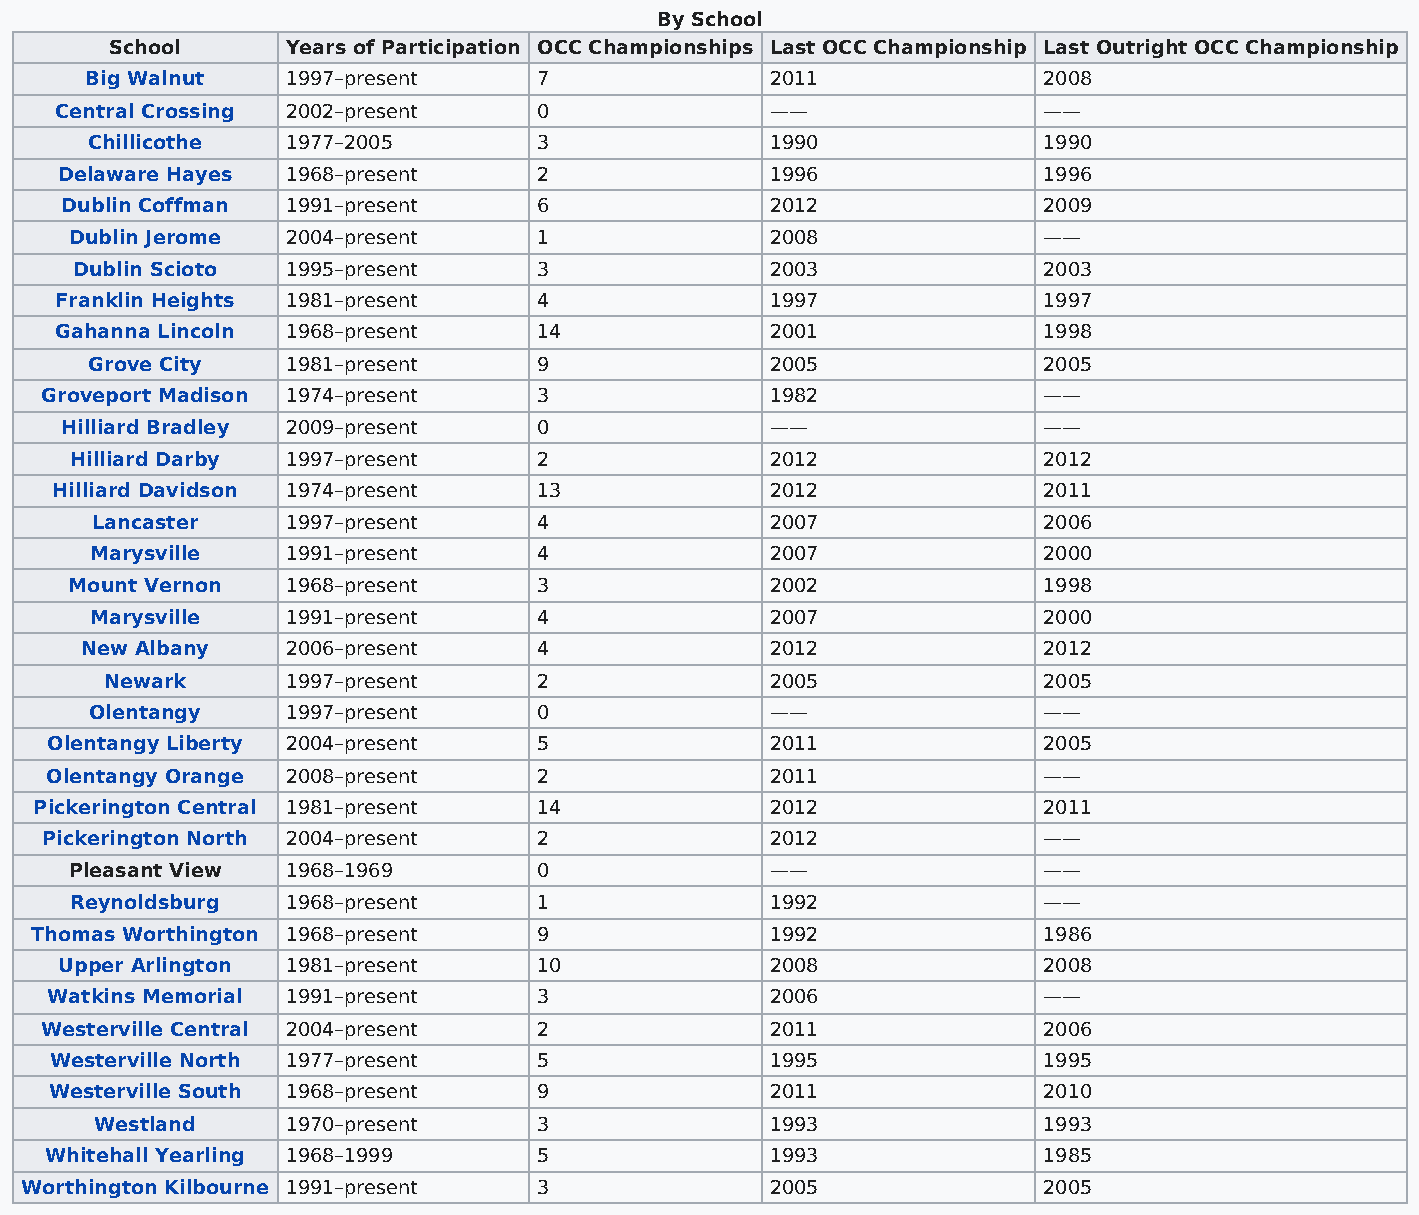
By School
 School      Years of Participation OCC Championships Last OCC Championship Last Outright OCC Championship
 Big Walnut   1997–present     7              2011              2008
 Central Crossing 2002–present   0              ——                ——
 Chillicothe  1977–2005        3              1990              1990
 Delaware Hayes 1968–present     2              1996              1996
 Dublin Coffman 1991–present     6              2012              2009
 Dublin Jerome 2004–present     1              2008              ——
 Dublin Scioto 1995–present     3              2003              2003
 Franklin Heights 1981–present   4              1997              1997
 Gahanna Lincoln 1968–present    14             2001              1998
 Grove City   1981–present     9              2005              2005
 Groveport Madison 1974–present   3              1982              ——
 Hilliard Bradley 2009–present   0              ——                ——
 Hilliard Darby 1997–present    2              2012              2012
 Hilliard Davidson 1974–present   13             2012              2011
 Lancaster    1997–present     4              2007              2006
 Marysville   1991–present     4              2007              2000
 Mount Vernon  1968–present     3              2002              1998
 Marysville   1991–present     4              2007              2000
 New Albany    2006–present     4              2012              2012
 Newark      1997–present     2              2005              2005
 Olentangy    1997–present     0              ——                ——
 Olentangy Liberty 2004–present   5              2011              2005
 Olentangy Orange 2008–present    2              2011              ——
 Pickerington Central 1981–present 14             2012              2011
 Pickerington North 2004–present  2              2012              ——
 Pleasant View 1968–1969        0              ——                ——
 Reynoldsburg  1968–present     1              1992              ——
 Thomas Worthington 1968–present   9              1992              1986
 Upper Arlington 1981–present    10             2008              2008
 Watkins Memorial 1991–present    3              2006              ——
 Westerville Central 2004–present 2              2011              2006
 Westerville North 1977–present   5              1995              1995
 Westerville South 1968–present   9              2011              2010
 Westland     1970–present     3              1993              1993
 Whitehall Yearling 1968–1999     5              1993              1985
 Worthington Kilbourne 1991–present 3              2005              2005